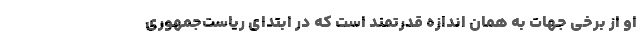
او از برخی جهات به همان اندازه قدرتمند است که در ابتدای ریاست‌جمهوری